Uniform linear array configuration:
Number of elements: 48
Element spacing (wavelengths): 0.25
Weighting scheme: uniform
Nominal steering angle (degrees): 30
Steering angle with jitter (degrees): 28.965
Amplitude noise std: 0.05
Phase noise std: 0.05

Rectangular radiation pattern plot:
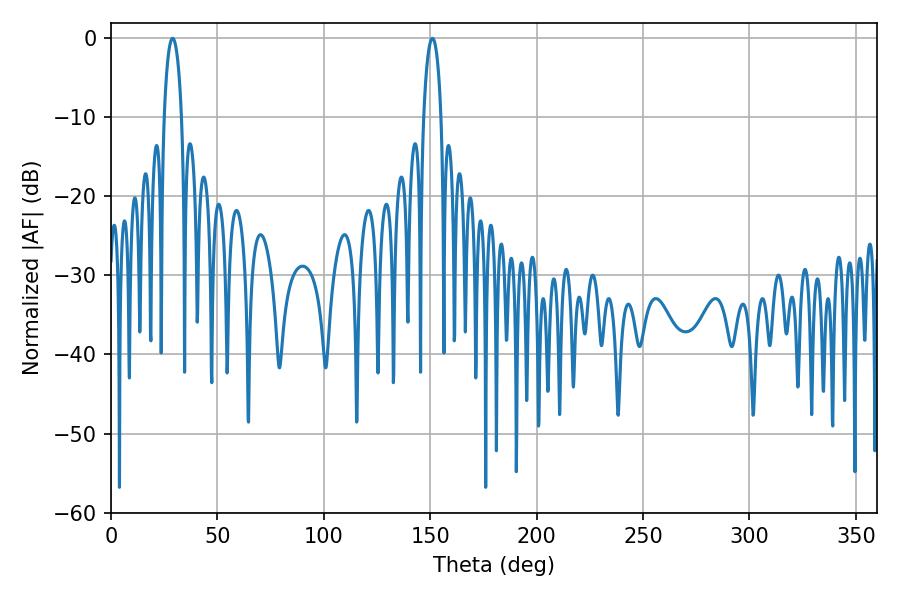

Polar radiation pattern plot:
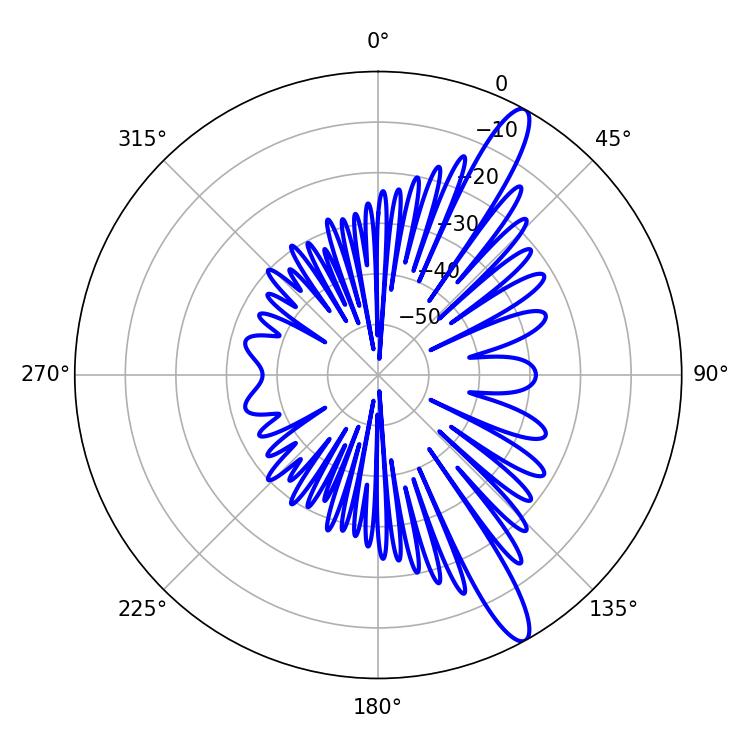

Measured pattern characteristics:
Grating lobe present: FALSE
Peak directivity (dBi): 13.373
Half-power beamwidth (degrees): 4.68
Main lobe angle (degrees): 28.98